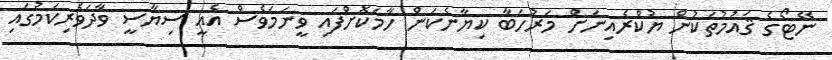
ނޭޓޯގެ ޤައުމުތަކުން ޔުކްރެއިނަށް މަރުހަބާ ކިޔާނެކަން ހާމަކޮށްފައި ވީނަމަވެސް އެއީ ސިޔާސީ ވާދަވެރިކަމުގައި